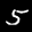
Label: 5